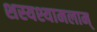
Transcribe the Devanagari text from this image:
शस्यश्यामलाम्